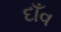
દાઁવ